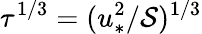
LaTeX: \tau^{1/3}=(u_{\ast}^{2}/\mathcal{S})^{1/3}